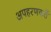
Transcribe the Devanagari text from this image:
अपहरणकर्ते